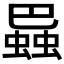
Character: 𧎱